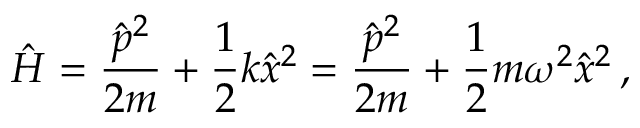
{ \hat { H } } = { \frac { { \hat { p } } ^ { 2 } } { 2 m } } + { \frac { 1 } { 2 } } k { \hat { x } } ^ { 2 } = { \frac { { \hat { p } } ^ { 2 } } { 2 m } } + { \frac { 1 } { 2 } } m \omega ^ { 2 } { \hat { x } } ^ { 2 } \, ,